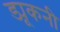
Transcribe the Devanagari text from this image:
ड्यूकनी